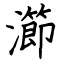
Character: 瀄